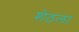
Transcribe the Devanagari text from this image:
शेठला